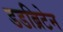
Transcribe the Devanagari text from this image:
डडब्रिटेन